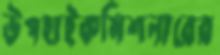
উপহাইকমিশনারের